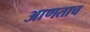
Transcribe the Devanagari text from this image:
आणताच